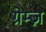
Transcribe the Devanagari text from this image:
ग्रेम्ज़